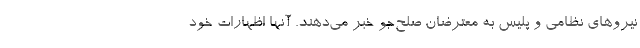
نیروهای نظامی و پلیس به معترضان صلح‌جو خبر می‌دهند. آنها اظهارات خود